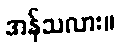
အန်သလား။